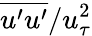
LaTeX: \overline{{u^{\prime}u^{\prime}}}/{u_{\tau}^{2}}